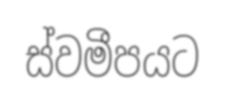
ස්වමීපයට